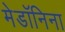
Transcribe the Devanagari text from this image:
मेडॉनिना